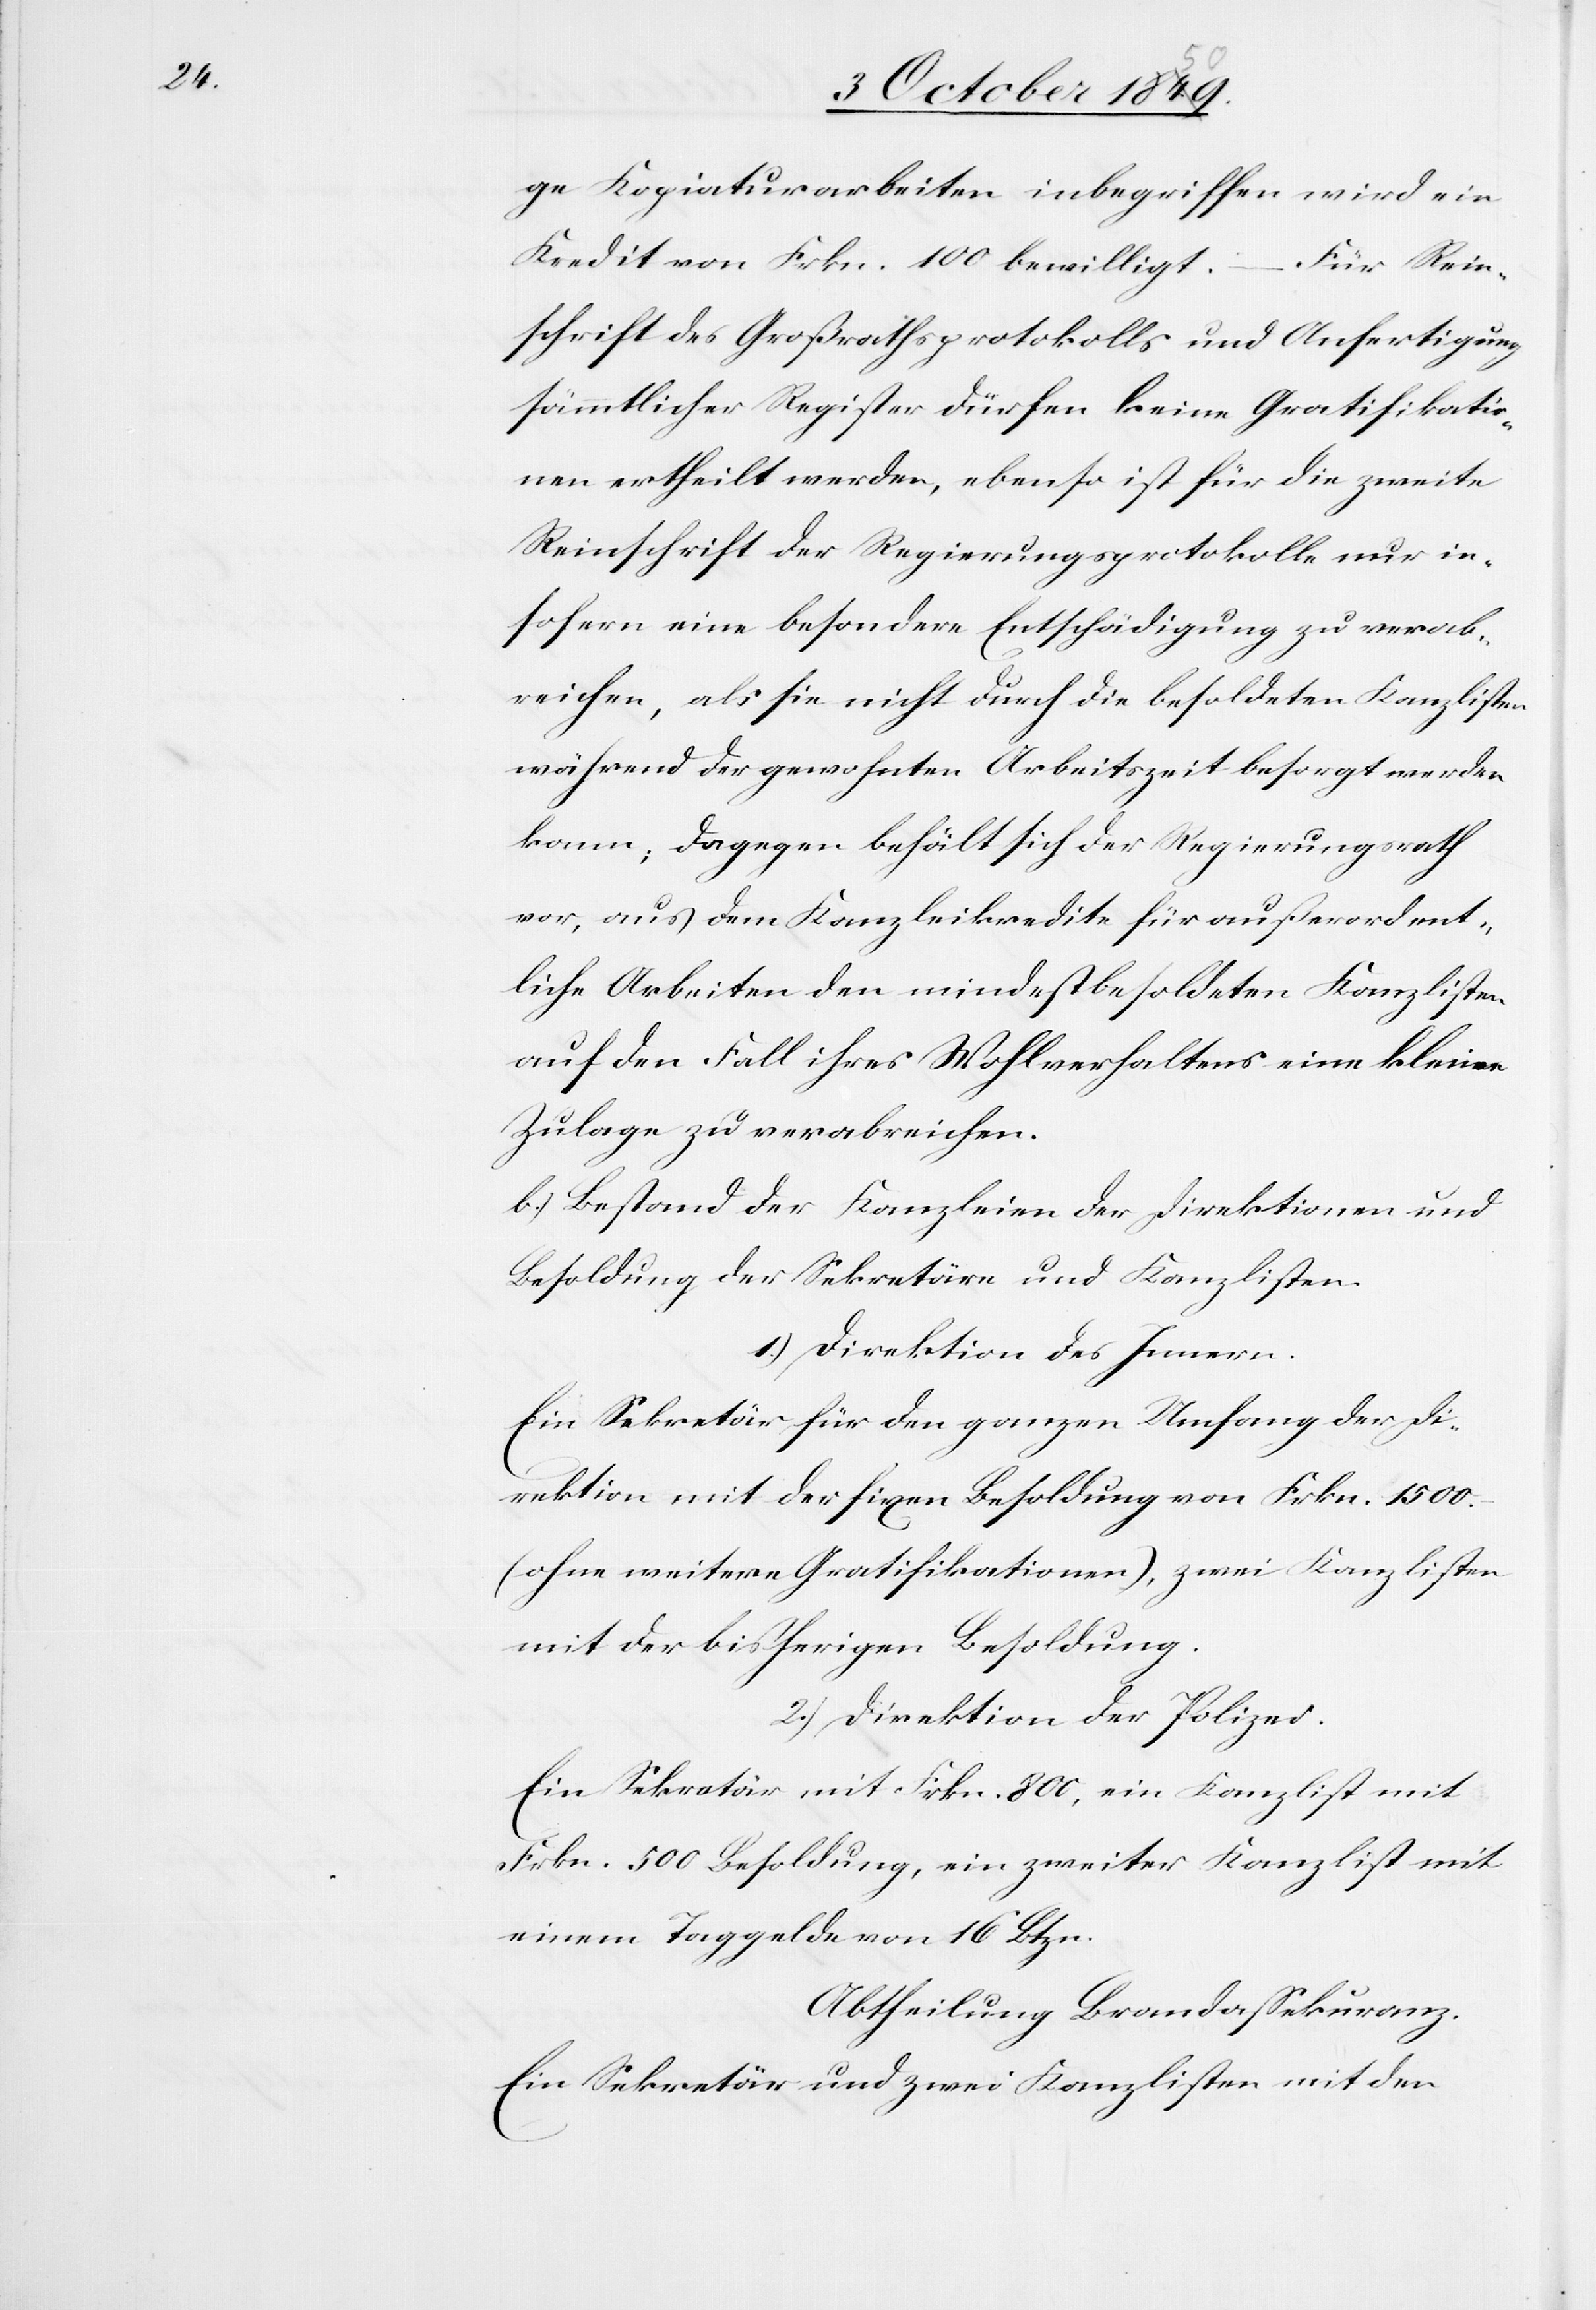
ge Kopiaturarbeiten inbegriffen wird ein
Kredit von Frkn. 100 bewilligt. – Für Rein¬
schrift des Großrathsprotokolls und Anfertigung
sämmtlicher Register dürfen keine Gratifikatio¬
nen ertheilt werden, ebenso ist für die zweite
Reinschrift der Regierungsprotokolle nur in¬
sofern eine besondere Entschädigung zu verab¬
reichen, als sie nicht durch die besoldeten Kanzlisten
während der gewohnten Arbeitszeit besorgt werden
kann; dagegen behält sich der Regierungsrath
vor, aus dem Kanzleikredite für außerordent¬
liche Arbeiten den mindestbesoldeten Kanzlisten
auf den Fall ihres Wohlverhaltens eine kleine
Zulage zu verabreichen.
b.) Bestand der Kanzleien der Direktionen und
Besoldung der Sekretäre und Kanzlisten.
1.) Direktion des Innern.
Ein Sekretär für den ganzen Umfang der Di¬
rektion mit der fixen Besoldung von Frkn. 1500.
(ohne weitere Gratifikationen), zwei Kanzlisten
mit der bisherigen Besoldung.
2.) Direktion der Polizei.
Ein Sekretär mit Frkn. 800, ein Kanzlist mit
Frkn. 500 Besoldung, ein zweiter Kanzlist mit
einem Taggelde von 16 Btzn.
Abtheilung Brandassekuranz.
Ein Sekretär und zwei Kanzlisten mit den